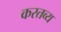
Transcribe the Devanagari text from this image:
करतव्य